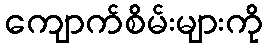
ကျောက်စိမ်းများကို